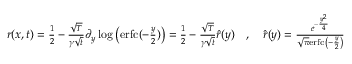
\begin{array} { r } { r ( x , t ) = \frac { 1 } { 2 } - \frac { \sqrt { T } } { \gamma \sqrt { t } } \partial _ { y } \log \left( \mathrm { e r f c } ( - \frac { y } { 2 } ) \right) = \frac { 1 } { 2 } - \frac { \sqrt { T } } { \gamma \sqrt { t } } \hat { r } ( y ) \quad , \quad \hat { r } ( y ) = \frac { e ^ { - \frac { y ^ { 2 } } { 4 } } } { \sqrt { \pi } \mathrm { e r f c } \left( - \frac { y } { 2 } \right) } } \end{array}